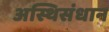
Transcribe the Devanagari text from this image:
अस्थिसंधान